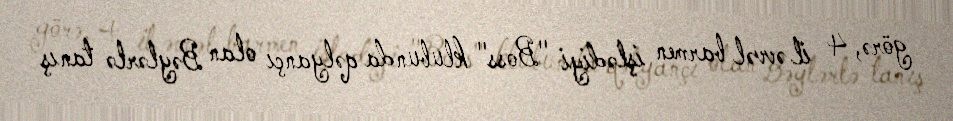
görə, 4 il əvvəl barmen işlədiyi "Boss" klubunda qəlyançı olan Bəylərlə tanış